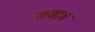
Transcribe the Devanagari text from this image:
जयद्रध